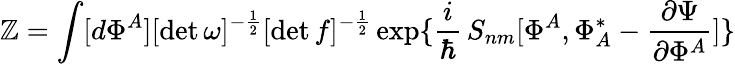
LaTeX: \mathbb{Z}=\int[d\Phi^{A}][\operatorname*{det}\omega]^{-{\frac{{1}}{{2}}}}[\operatorname*{det}f]^{-{\frac{{1}}{{2}}}}\exp\{ \frac{{i}}{{\hbar}}\, S_{nm}[\Phi^{A},\Phi_{A}^{*}-{\frac{{\partial\Psi}}{{\partial\Phi^{A}}}}]\}